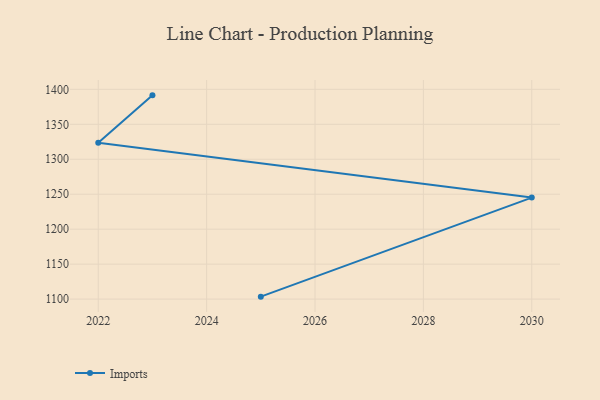
{"axis": {"x": "Year", "y": "Temperature (°C)"}, "legend": ["Imports"], "data": [{"x": "2025", "y": 1103.5, "type": "Imports"}, {"x": "2030", "y": 1245.2, "type": "Imports"}, {"x": "2022", "y": 1323.5, "type": "Imports"}, {"x": "2023", "y": 1391.4, "type": "Imports"}]}